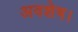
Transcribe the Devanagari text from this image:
अवशेष।